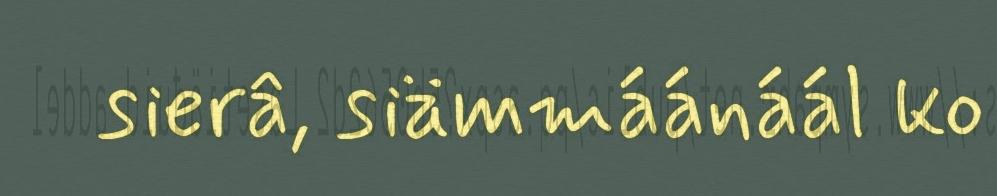
sierâ, siämmáánáál ko